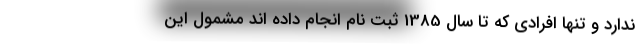
ندارد و تنها افرادی که تا سال 1385 ثبت نام انجام داده اند مشمول این